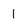
Character: 1